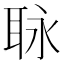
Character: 𦕟